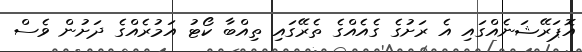
އޮޕަރޭޝަނެއްގައި އެ ރަށުގެ ގެއެއްގެ ތެރޭގައި ތިއްބާ ކޯޓު އަމުރެއްގެ ދަށުން ވެސް